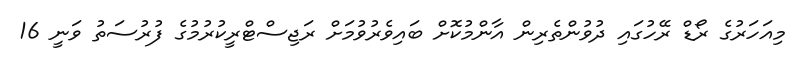
މިއަހަރުގެ ރޯޑް ރޭހުގައި ދުވުންތެރިން އާންމުކޮށް ބައިވެރުވުމަށް ރަޖިސްޓްރީކުރުމުގެ ފުރުސަތު ވަނީ 16